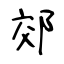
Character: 郊